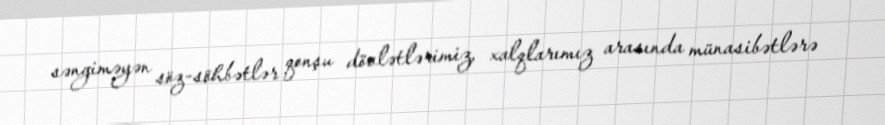
səngiməyən söz-söhbətlər qonşu dövlətlərimiz, xalqlarımız arasında münasibətlərə